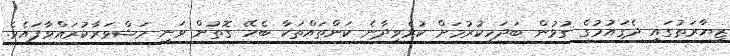
ޒިޔާރަތުގައި ދެގައުމުގެ ގުޅުން ބަދަހިކުރުމަށް ކުރެވިދާނެ ކަންތައްތަކާ ބެހޭ ގޮތުން ވަނީ މަޝްވަރާކުރައްވާފައެވެ.